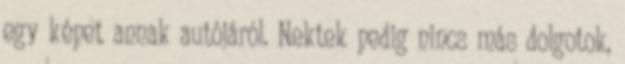
egy képet annak autójáról. Nektek pedig nincs más dolgotok,